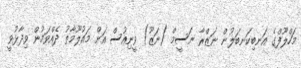
މަހްލޫފްގެ އަނބިކަނބަލުން ނަޒްރާ ނަސީމް (ނަޒޫ) ވީނިއުސް އަށް މައުލޫމާތު ދެއްވަމުން ވިދާޅުވީ